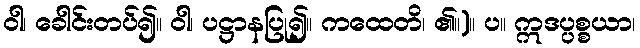
ဝါ၊ ခေါင်းတပ်၍။ ဝါ၊ ပဋ္ဌာနပြု၍။ ကထေတိ၊ ၏။)။ ပ။ ဣဒပ္ပစ္စယာ၊